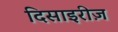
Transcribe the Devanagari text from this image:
दिसाइरीज़